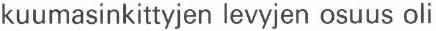
kuumasinkittyjen levyjen osuus oli